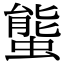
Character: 螚